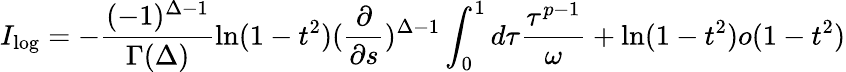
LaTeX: I_{\log}=-\frac{(-1)^{\Delta-1}}{\Gamma(\Delta)}\ln(1-t^{2})(\frac{\partial}{\partial s})^{\Delta-1}\int_{0}^{1}d\tau\frac{\tau^{p-1}}{\omega}+\ln(1-t^{2})o(1-t^{2})